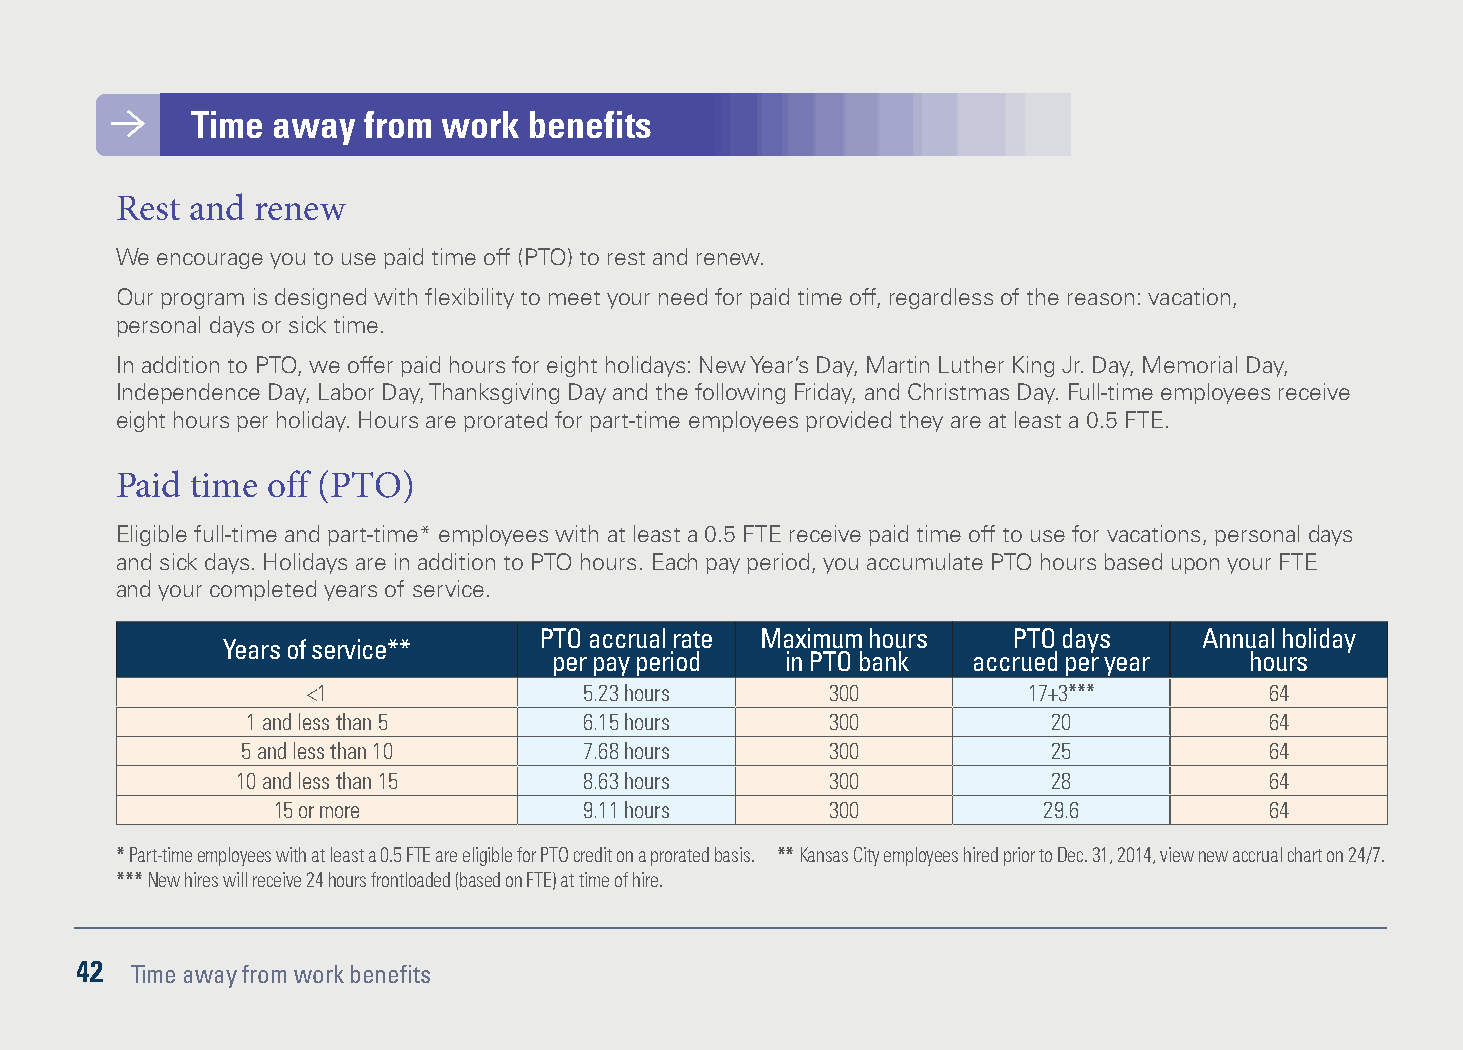
Time away  from work  benefits
 Rest and renew
 We encourage you to use paid time off (PTO) to rest and renew.
 Our program is designed with flexibility to meet your need for paid time off, regardless of the reason: vacation,
 personal days or sick time.
 In addition to PTO, we offer paid hours for eight holidays: New Year’s Day, Martin Luther King Jr. Day, Memorial Day,
 Independence Day, Labor Day, Thanksgiving Day and the following Friday, and Christmas Day. Full-time employees receive
 eight hours per holiday. Hours are prorated for part-time employees provided they are at least a 0.5 FTE.
 Paid time off (PTO)
 Eligible full-time and part-time* employees with at least a 0.5 FTE receive paid time off to use for vacations, personal days
 and sick days. Holidays are in addition to PTO hours. Each pay period, you accumulate PTO hours based upon your FTE
 and your completed years of service.
 PTO accrual rate Maximum hours PTO days     Annual holiday
 Years of service**
 per pay period in PTO bank accrued per year   hours
 <1                 5.23 hours      300          17+3***         64
 1 and less than 5      6.15 hours      300            20            64
 5 and less than 10     7.68 hours      300            25            64
 10 and less than 15    8.63 hours      300            28            64
 15 or more           9.11 hours      300           29.6           64
 * Part-time employees with at least a 0.5 FTE are eligible for PTO credit on a prorated basis. ** Kansas City employees hired prior to Dec. 31, 2014, view new accrual chart on 24/7.
 *** New hires will receive 24 hours frontloaded (based on FTE) at time of hire.
 42  Time away from work benefits